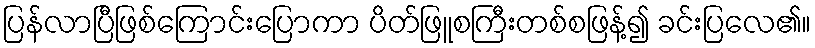
ပြန်လာပြီဖြစ်ကြောင်းပြောကာ ပိတ်ဖြူစကြီးတစ်စဖြန့်၍ ခင်းပြလေ၏။